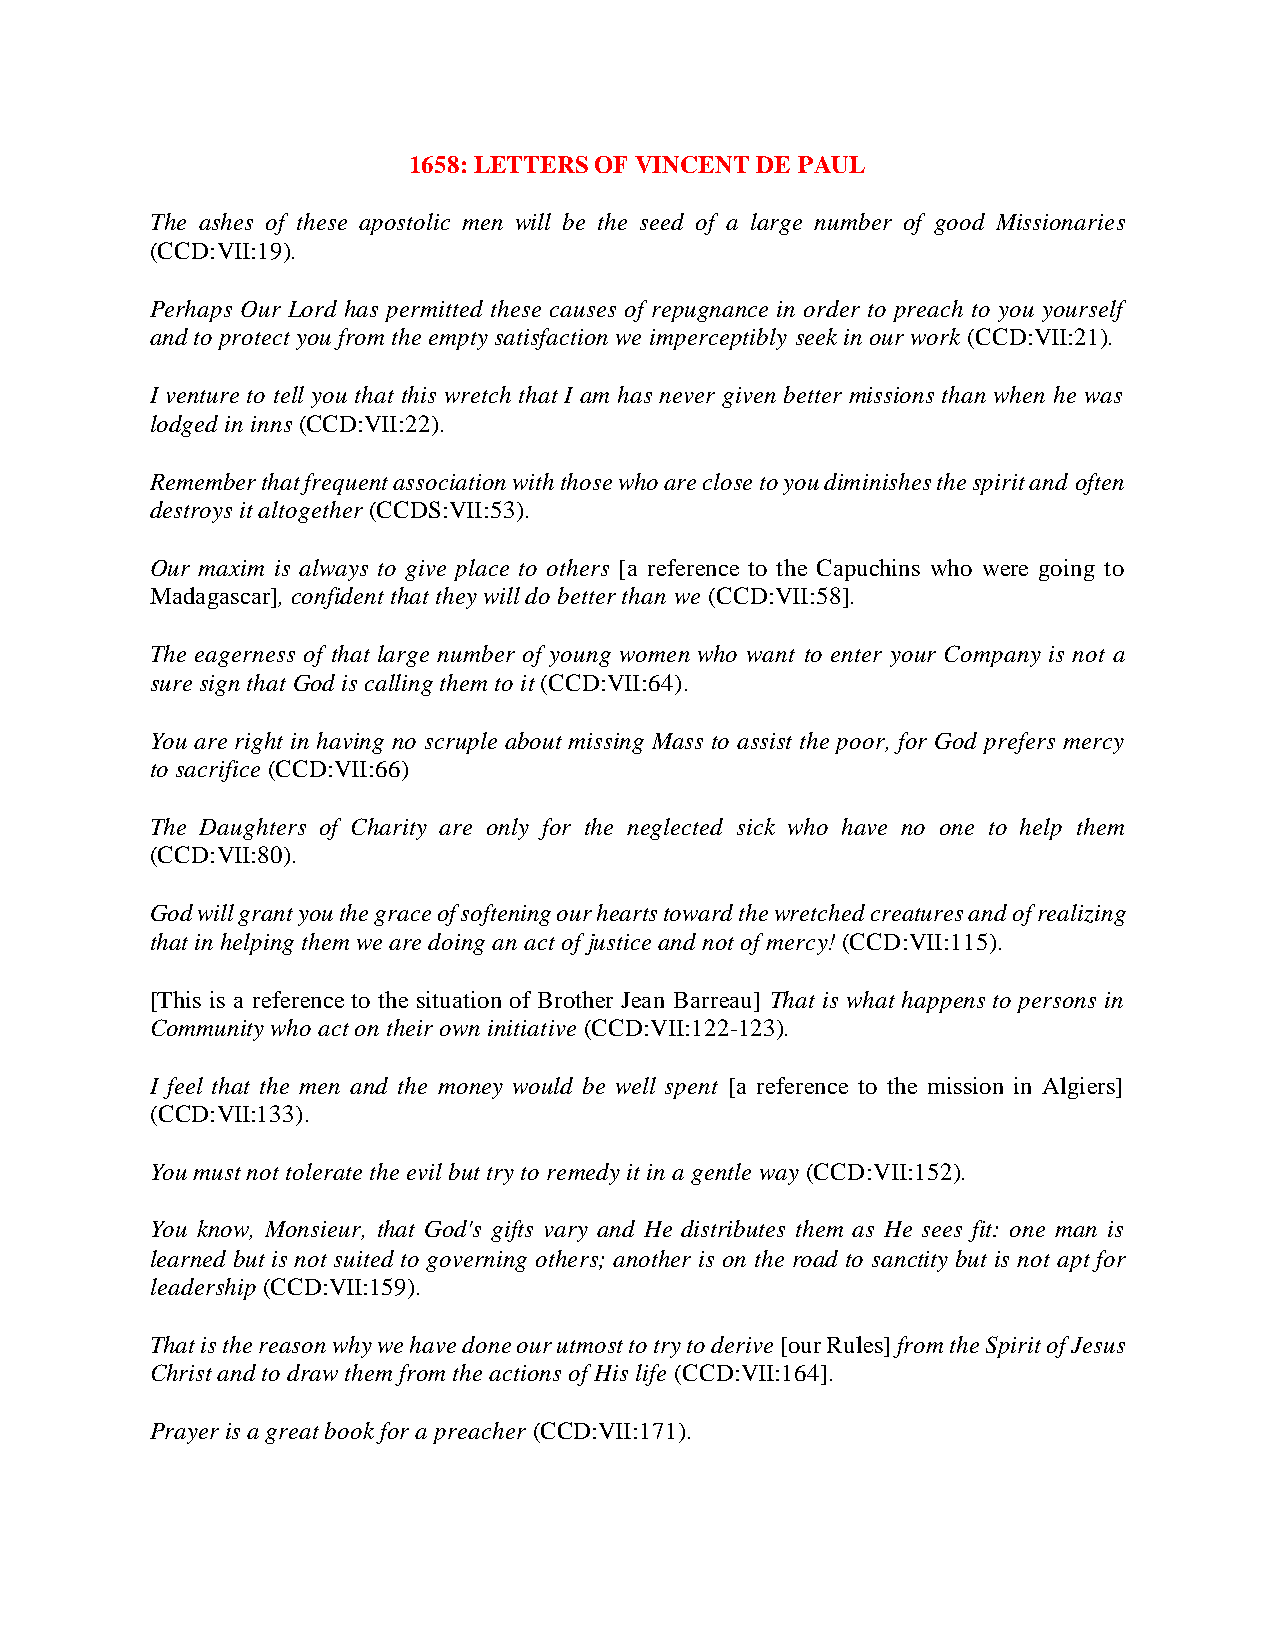
1658: LETTERS OF VINCENT DE PAUL
 The ashes of these apostolic men will be the seed of a large number of good Missionaries
 (CCD:VII:19).
 Perhaps Our Lord has permitted these causes of repugnance in order to preach to you yourself
 and to protect you from the empty satisfaction we imperceptibly seek in our work (CCD:VII:21).
 I venture to tell you that this wretch that I am has never given better missions than when he was
 lodged in inns (CCD:VII:22).
 Remember that frequent association with those who are close to you diminishes the spirit and often
 destroys it altogether (CCDS:VII:53).
 Our maxim is always to give place to others [a reference to the Capuchins who were going to
 Madagascar], confident that they will do better than we (CCD:VII:58].
 The eagerness of that large number of young women who want to enter your Company is not a
 sure sign that God is calling them to it (CCD:VII:64).
 You are right in having no scruple about missing Mass to assist the poor, for God prefers mercy
 to sacrifice (CCD:VII:66)
 The Daughters of Charity are only for the neglected sick who have no one to help them
 (CCD:VII:80).
 God will grant you the grace of softening our hearts toward the wretched creatures and of realizing
 that in helping them we are doing an act of justice and not of mercy! (CCD:VII:115).
 [This is a reference to the situation of Brother Jean Barreau] That is what happens to persons in
 Community who act on their own initiative (CCD:VII:122-123).
 I feel that the men and the money would be well spent [a reference to the mission in Algiers]
 (CCD:VII:133).
 You must not tolerate the evil but try to remedy it in a gentle way (CCD:VII:152).
 You know, Monsieur, that God's gifts vary and He distributes them as He sees fit: one man is
 learned but is not suited to governing others; another is on the road to sanctity but is not apt for
 leadership (CCD:VII:159).
 That is the reason why we have done our utmost to try to derive [our Rules] from the Spirit of Jesus
 Christ and to draw them from the actions of His life (CCD:VII:164].
 Prayer is a great book for a preacher (CCD:VII:171).